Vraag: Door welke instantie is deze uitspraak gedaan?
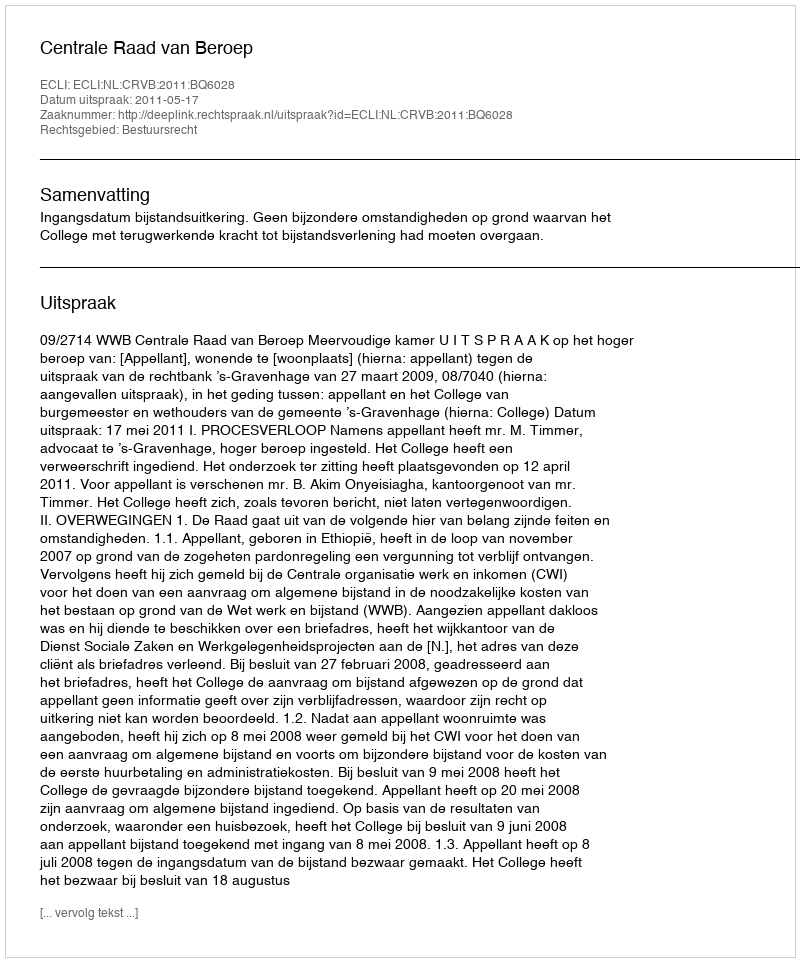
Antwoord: Centrale Raad van Beroep